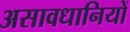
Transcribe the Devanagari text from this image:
असावधानियों